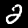
Label: 2